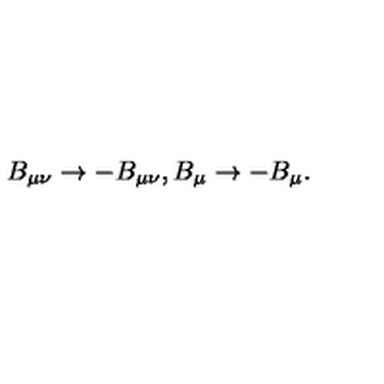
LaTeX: B _ { \mu \nu } \rightarrow - B _ { \mu \nu } , B _ { \mu } \rightarrow - B _ { \mu } .